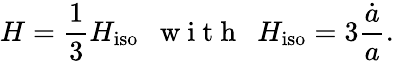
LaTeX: H=\frac{1}{3}{H_{\mathrm{iso}}}\enspace\mathrm{~w~i~t~h~}\enspace{H_{\mathrm{iso}}}=3\frac{\dot{a}}{a}.